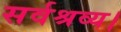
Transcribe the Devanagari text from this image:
सर्वश्रव्य।